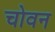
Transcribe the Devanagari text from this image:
चोवन